Malaria in the Punjab - Number 46
Disease focus: Malaria
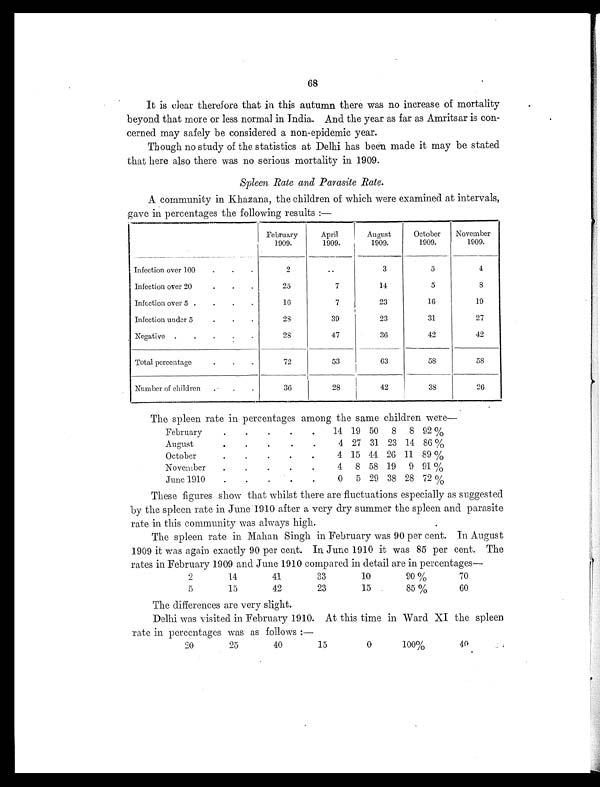
68
It is clear therefore that in this autumn there was no increase of mortality
beyond that more or less normal in India. And the year as far as Amritsar is con-
cerned may safely be considered a non-epidemic year.
Though no study of the statistics at Delhi has been made it may be stated
that here also there was no serious mortality in 1909.
Spleen Rate and Parasite Rate.
A community in Khazana, the children of which were examined at intervals,
gave in percentages the following results :—
February
1909.
April
1909.
August
1909.
October
1909.
November
1909.
Infection over 100
.
.
.
2
..
3
5
4
Infection over 20
.
.
.
25
7
14
5
8
Infection over 5 .
.
.
.
16
7
23
16
19
Infection under 5
.
.
.
28
39
23
31
27
Negative .
.
.
.
.
2 8
47
36
42
42
Total percentage
.
.
.
72
53
63
58
58
Number of children
. .
.
36
28
42
38
26
The spleen rate in percentages among the same children were—
February
.
.
.
.
.
14 19 50
8
8 92 %
August
.
.
.
.
.
4 27 31 23 14 86 %
October
.
.
.
.
.
4 15 44 26 11 89 %
November
.
.
.
.
.
4
8 58 19
9 91 %
June 1910
.
.
.
.
.
0
5 29 38 28 72 %
These figures show that whilst there are fluctuations especially as suggested
by the spleen rate in June 1910 after a very dry summer the spleen and parasite
rate in this community was always high.
The spleen rate in Mahan Singh in February was 90 per cent. In August
1909 it was again exactly 90 per cent. In June 1910 it was 85 per cent. The
rates in February 1909 and June 1910 compared in detail are in percentages
—
2
14
41
33
10
90 %
70
5
15
42
23
15
85 %
60
The differences are very slight.
Delhi was visited in February 1910. At this time in Ward XI the spleen
rate in percentages was as follows :—
20
25
40
15
0
100%
40